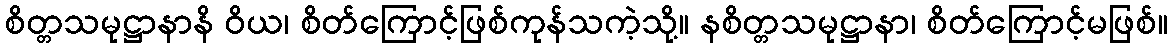
စိတ္တသမုဋ္ဌာနာနိ ဝိယ၊ စိတ်ကြောင့်ဖြစ်ကုန်သကဲ့သို့။ နစိတ္တသမုဋ္ဌာနာ၊ စိတ်ကြောင့်မဖြစ်။